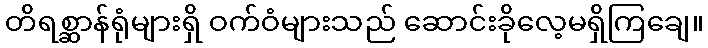
တိရစ္ဆာန်ရုံများရှိ ဝက်ဝံများသည် ဆောင်းခိုလေ့မရှိကြချေ။